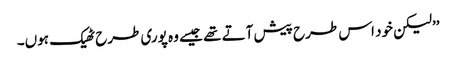
’’لیکن خود اس طرح پیش آتے تھے جیسے وہ پوری طرح ٹھیک ہوں۔